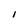
Character: 1